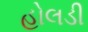
હોલડી